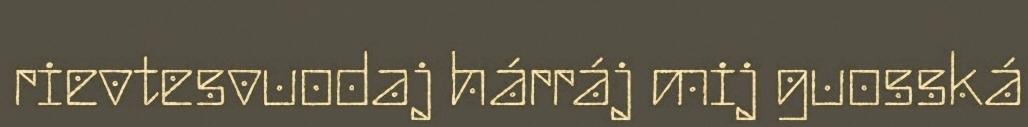
rievtesvuodaj hárráj mij guosská